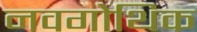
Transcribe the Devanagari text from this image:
नवगोथिक